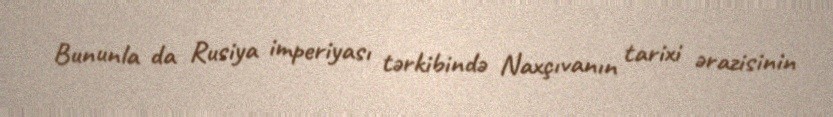
Bununla da Rusiya imperiyası tərkibində Naxçıvanın tarixi ərazisinin